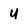
Character: 4